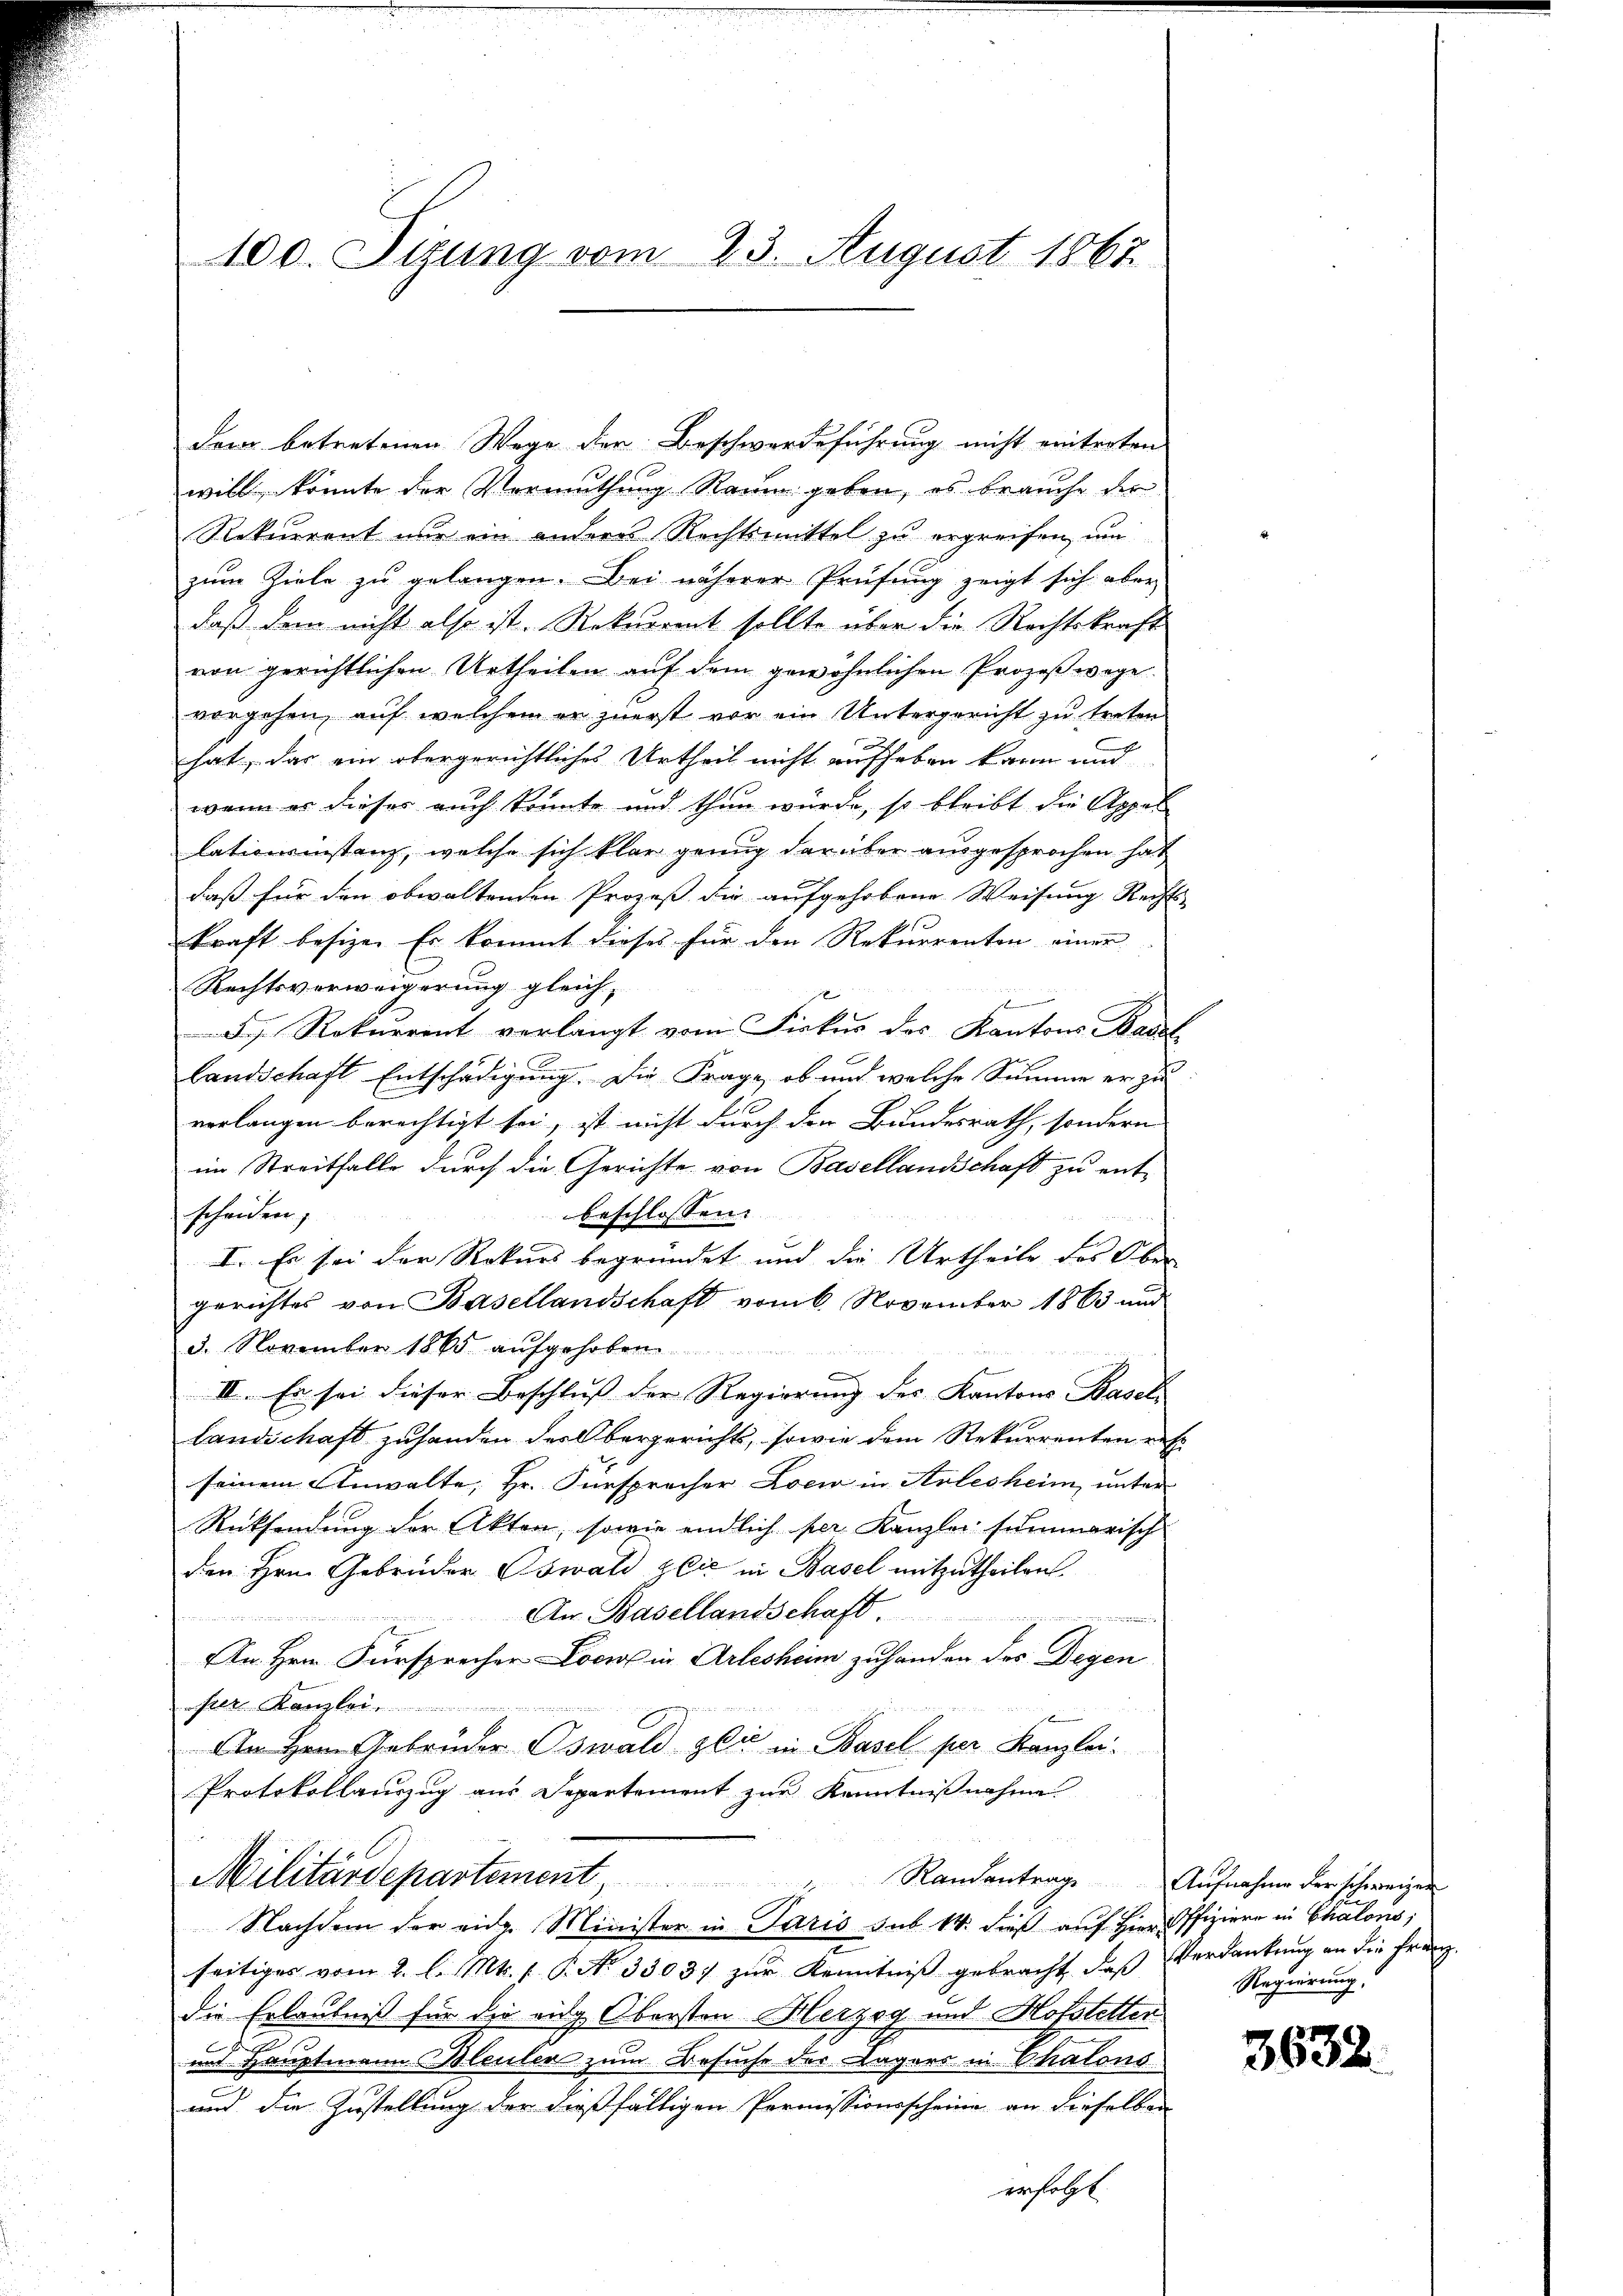
100. Sizung vom 23. August 1867

dem betretenen Wege der Beschwerdeführung nicht eintreten
will, könnte der Vermuthung Raum geben, es brauche der
Rekurrent nur ein andern Rechtsmittel zu ergreifen, um
zum Ziele zu gelangen. Bei näherer Prüfung zeigt sich aber
daß dem nicht also ist. Rekurrent sollte über die Rechtskraft
von gerichtlichen Urtheilen auf dem gewöhnlichen Prozeßwege
vorgehen, auf welchem er zuerst vor ein Untergericht zu treten
hat, das ein obergerichtliches Urtheil nicht aufheben kann und
wenn es dieser auch konnte und thun würde, so bleibt die Appel
lationsinstanz, welche sich klar genug darüber ausgesprochen hat
daß für den obwaltenden Prozeß die aufgehobene Weisung Rechts-
kraft besize. Er kommt dieses für den Rekurrenten einer
Rechtsverweigerung gleichx
s
F. J. Rekurrent verlangt vom Fiskus des Kantons Basel
Landschaft Entschädigung. Die Frage, ob und welche Summe er zu
verlangen berechtigt sei, ist nicht durch den Bundesrath, sondern
im Streitfalle durch die Gerichte von Basellandschaft zu ent-
scheiden,
beschlossen:
I. Es sei der Rekurs begründet und die Urtheile des Ober
gerichtes von Basellandschaft vom 6. November 1863 und
3. November 1865 aufgehoben.
II. Es sei dieser Beschluss der Regierung der Kantons Basel
landschaft zuhanden der Obergerichts, sowie dem Rekurrenten erst
seinem Anwalte, Hr. Fürsprocher Loew in Arlesheim, unter
Rücksendung der Akten, sowie endlich per Kanzlei summarisch
den Hrn. Gebrüder Oswald zlić in Basel mitzutheilen.
An Basellandschaft
An Hrn. Fürsprecher Locus in Arlesheim zu handen des Degen
Geld Kanzler.
0
An Hrn. Gebrüder Oswald gli in Basel per Kanzlei.
Protokollauszug aus Departement zur Kenntnißnahme
Militärdepartement
Randantrag. Aufnahme der schweizen
Nachdem der eidg. Minister in Paris sub 14. dieß auf Hier Offiziere in Chalons,
seitiges vom 2. l. Mts. f. P. No 33037 zur Kenntniß gebracht, daß Verdankung an die Franz
die Erlaubniß für die eidg, Obersten Herzog und Hofstetter
de
im Hauptmann Meiler zum Besuche der Lagers in Chalons
e
und die Zustellung der dießfälligen Permissionsscheine an dieselben
erfolgt.

Regierung,

3639